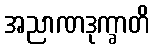
အညာဏဒုက္ခာတိ